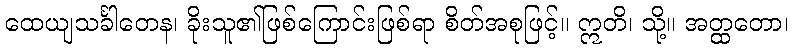
ထေယျသင်္ခါတေန၊ ခိုးသူ၏ဖြစ်ကြောင်းဖြစ်ရာ စိတ်အစုဖြင့်။ ဣတိ၊ သို့။ အတ္ထတော၊